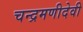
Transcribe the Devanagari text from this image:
चन्द्रमणीदेवी